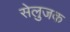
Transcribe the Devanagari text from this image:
सेलुजक